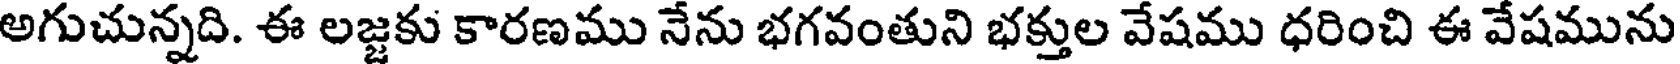
అగుచున్నది. ఈ లజ్జకు కారణము నేను భగవంతుని భక్తుల వేషము ధరించి ఈ వేషమును